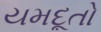
યમદૂતો